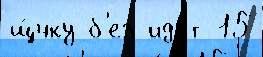
щ́чку б'ез иду́т 15